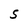
Character: S